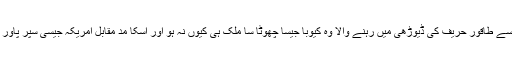
خواہ امریکا جیسے طاقور حریف کی ڈیوڑھی میں رہنے والا وہ کیوبا جیسا چھوٹا سا ملک ہی کیوں نہ ہو اور اسکا مدِ مقابل امریکہ جیسی سپر پاور ہی کیوں نہ ہو۔